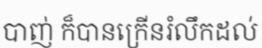
បាញ់ ក៏បានក្រើនរំលឹកដល់